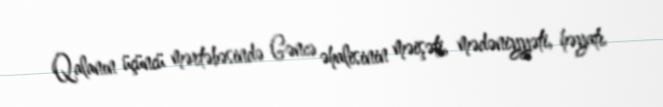
Qalanın üçüncü mərtəbəsində Gəncə əhalisinin məişəti, mədəniyyəti, həyatı